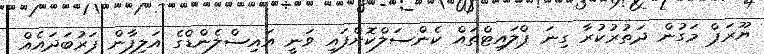
ޔޫރަޕް މަގުން ދަތުރުކުރާ ގިނަ ޕްލައިޓްތައް ކެންސަލްކޮށްފައި ވަނީ އައިސްލެންޑްގެ އަލިފާން ފަރުބަދައެއް